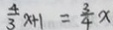
\frac { 4 } { 3 } x + 1 = \frac { 3 } { 4 } x